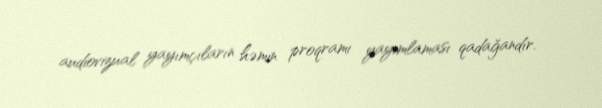
audiovizual yayımçıların həmin proqramı yayımlaması qadağandır.